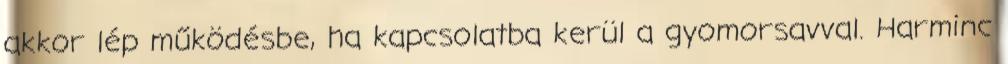
akkor lép működésbe, ha kapcsolatba kerül a gyomorsavval. Harminc